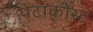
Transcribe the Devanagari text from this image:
पेंटाकोस्ट